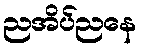
ညအိပ်ညနေ